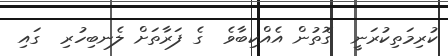
ކުރިމަތިކުރަނީ  ގޮތުން އެއްކިބާވެ  ގެ ފަރާތަށް ލެނބިހުރި  ގައި